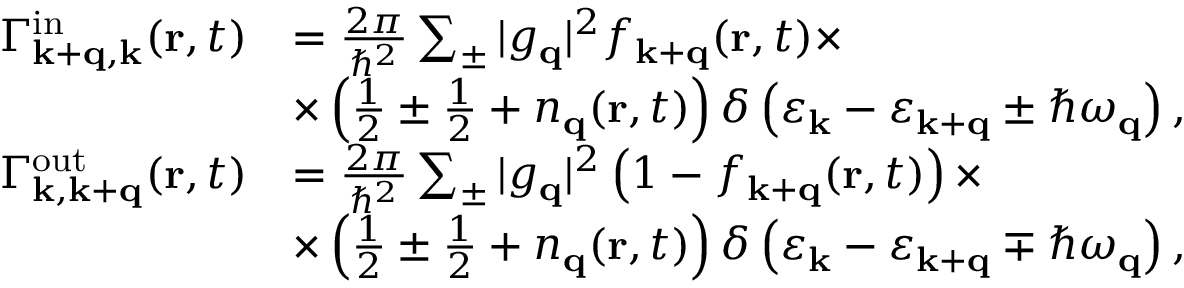
\begin{array} { r l } { \Gamma _ { \mathbf { k + q , k } } ^ { \mathrm { i n } } ( \mathbf { r } , t ) } & { = \frac { 2 \pi } { \hbar ^ { 2 } } \sum _ { \pm } | g _ { \mathbf { q } } | ^ { 2 } f _ { \mathbf { k + q } } ( \mathbf { r } , t ) \times } \\ & { \times \left( \frac { 1 } { 2 } \pm \frac { 1 } { 2 } + n _ { \mathbf { q } } ( \mathbf { r } , t ) \right) \delta \left( \varepsilon _ { \mathbf { k } } - \varepsilon _ { \mathbf { k + q } } \pm \hbar \omega _ { \mathbf { q } } \right) , } \\ { \Gamma _ { \mathbf { k , k + q } } ^ { \mathrm { o u t } } ( \mathbf { r } , t ) } & { = \frac { 2 \pi } { \hbar ^ { 2 } } \sum _ { \pm } | g _ { \mathbf { q } } | ^ { 2 } \left( 1 - f _ { \mathbf { k + q } } ( \mathbf { r } , t ) \right) \times } \\ & { \times \left( \frac { 1 } { 2 } \pm \frac { 1 } { 2 } + n _ { \mathbf { q } } ( \mathbf { r } , t ) \right) \delta \left( \varepsilon _ { \mathbf { k } } - \varepsilon _ { \mathbf { k + q } } \mp \hbar \omega _ { \mathbf { q } } \right) , } \end{array}